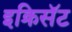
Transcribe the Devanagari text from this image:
इक्रिसॅट